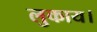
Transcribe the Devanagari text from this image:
लुकाय।